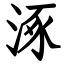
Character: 涿